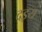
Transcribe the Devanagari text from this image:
दइय